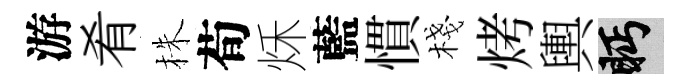
游肴株荀秌藍慣棧烤輿眄